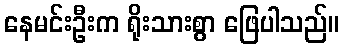
နေမင်းဦးက ရိုးသားစွာ ဖြေပါသည်။